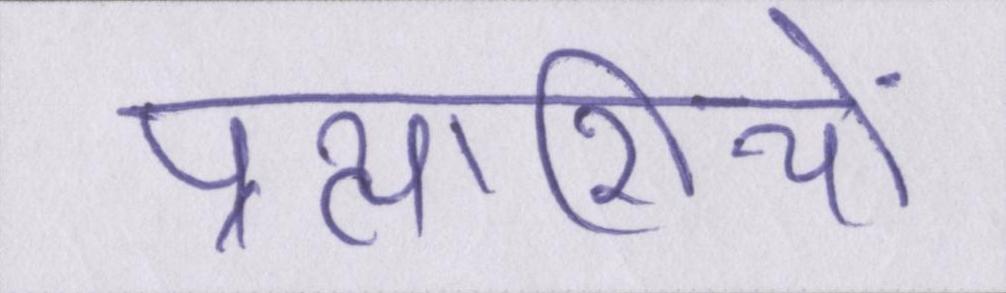
प्रत्याशियों